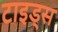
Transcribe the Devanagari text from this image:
टाइड्स